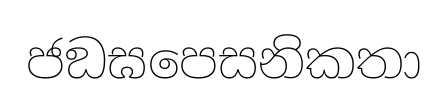
ජඞඝපෙසනිකතා